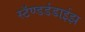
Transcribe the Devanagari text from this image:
स्टॅण्डर्डडाईझ